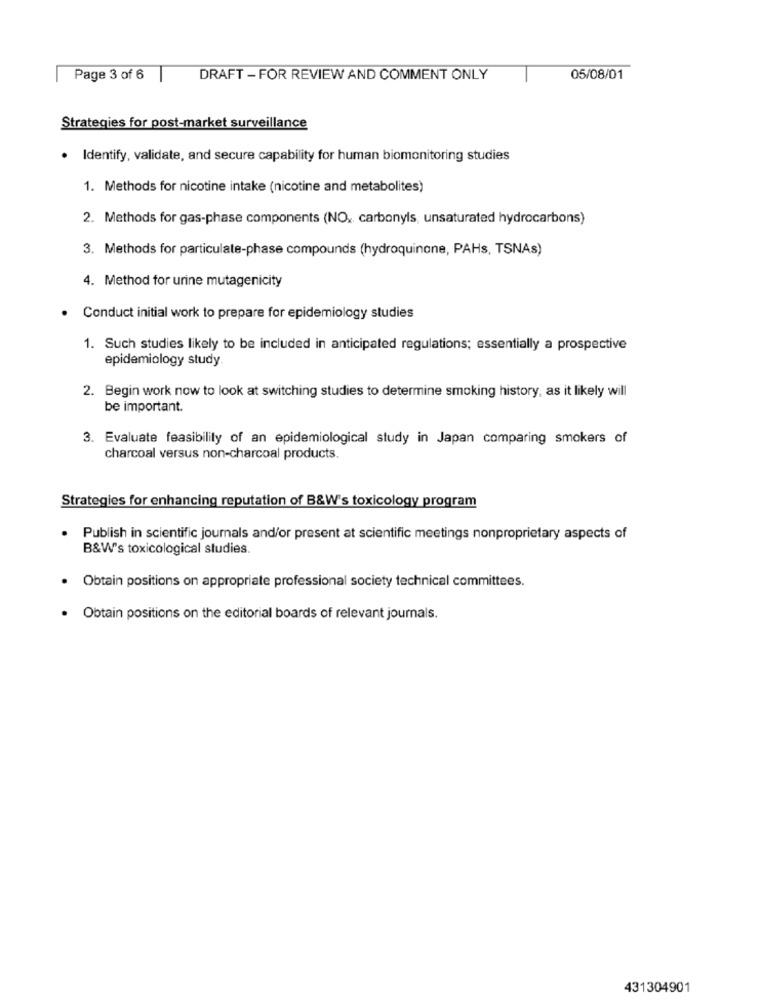
Page 3 of 6
DRAFT - FOR REVIEW AND COMMENT ONLY
05/08/01
Strategies for post-market surveillance
.
Identify, validate, and secure capability for human biomonitoring studies
1. Methods for nicotine intake (nicotine and metabolites)
2. Methods for gas-phase components (NO, carbonyls, unsaturated hydrocarbons)
3. Methods for particulate-phase compounds (hydroquinone, PAHs, TSNAs)
4. Method for urine mutagenicity
Conduct initial work to prepare for epidemiology studies
1. Such studies likely to be included in anticipated regulations; essentially a prospective
epidemiology study.
2. Begin work now to look at switching studies to determine smoking history, as it likely will
be important.
3. Evaluate feasibility of an epidemiological study in Japan comparing smokers of
charcoal versus non-charcoal products.
Strategies for enhancing reputation of B&W's toxicology program
Publish in scientific journals and/or present at scientific meetings nonproprietary aspects of
B&W's toxicological studies.
· Obtain positions on appropriate professional society technical committees.
. Obtain positions on the editorial boards of relevant journals.
431304901